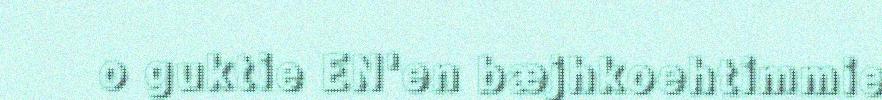
o guktie EN'en bæjhkoehtimmie